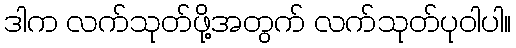
ဒါက လက်သုတ်ဖို့အတွက် လက်သုတ်ပုဝါပါ။